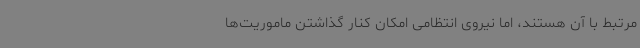
مرتبط با آن هستند، اما نیروی انتظامی امکان کنار گذاشتن ماموریت‌ها